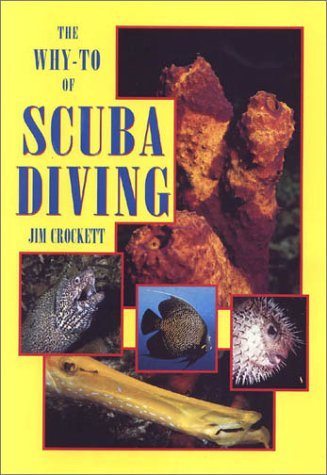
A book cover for The Why-To of Scuba Diving; Jim Crockett; Teen & Young Adult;